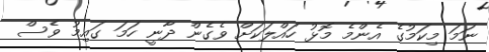
ނަމަ މިކަމުގެ އެންމެ މޮޅު ހައްލަކަށް ވެގެން ދާނީ ހަމަ ގައިމު ވެސް